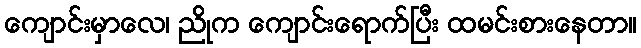
ကျောင်းမှာလေ၊ ညိုက ကျောင်းရောက်ပြီး ထမင်းစားနေတာ။